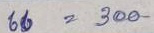
66 = 300